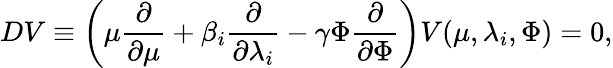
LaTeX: DV\equiv\left(\mu\frac{\partial}{\partial\mu}+\beta_{i}\frac{\partial}{\partial\lambda_{i}}-\gamma\Phi\frac{\partial}{\partial\Phi}\right)V(\mu,\lambda_{i},\Phi)=0,